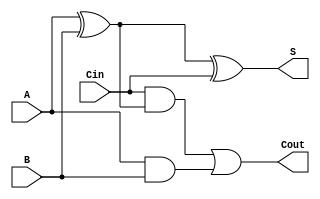
module full_adder(
	A, B, Cin, S, Cout
);

input A, B, Cin;
output wire S, Cout;

wire w1, w2, w3;

assign w1 = A^B;
assign w2 = Cin&w1;
assign w3 = A&B;

assign S = w1^Cin;
assign Cout = w2|w3;

endmodule